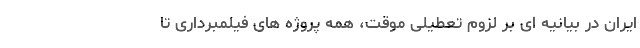
ایران در بیانیه ای بر لزوم تعطیلی موقت، همه پروژه های فیلمبرداری تا